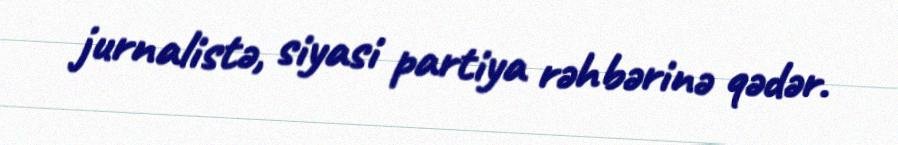
jurnalistə, siyasi partiya rəhbərinə qədər.